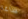
ساغا